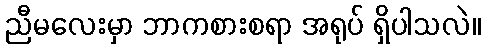
ညီမလေးမှာ ဘာကစားစရာ အရုပ် ရှိပါသလဲ။